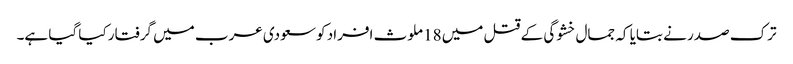
ترک صدر نے بتایا کہ جمال خشوگی کے قتل میں 18 ملوث افراد کو سعودی عرب میں گرفتار کیا گیا ہے۔